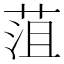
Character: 菹